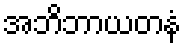
အဘိဘာယတနံ